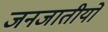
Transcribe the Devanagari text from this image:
जनजातीयों